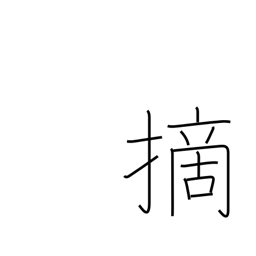
Meaning: clip